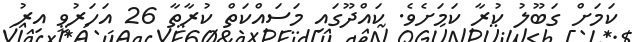
ކަމަށް ގަބޫލު ކުރާ ކަމަށެވެ. ކައްދޫގައި މަސައްކަތް ކުރާތާ 26 އަހަރުވީ އިރު